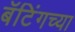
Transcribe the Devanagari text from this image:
बॅटिंगच्या